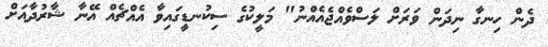
ދެން ހިނގާ ނިދަން ވަރަށް ލަސްވެއްޖެއެއްނު" މަލީކުގެ ސިކުނޑީގައިވާ އެއްޗެއް އޭނާ ޝާރުދާއަށް